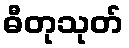
ဓီတုသုတ်